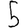
Digit: 5